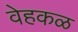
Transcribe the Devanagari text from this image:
वेहकळ